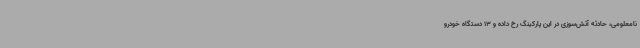
نامعلومی، حادثه آتش‌سوزی در این پارکینگ رخ داده و 13 دستگاه خودرو